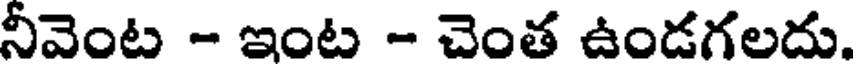
నీవెంట - ఇంట - చెంత ఉండగలదు.